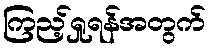
ကြည့်ရှုရန်အတွက်